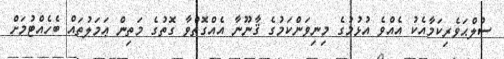
ސުލްޙަވެރިކަމާއެކު އެއްވެ އުޅުމުގެ މިނިވަންކަމުގެ ޤާނޫނާ އެއްގޮތްވާ ގޮތުގެ މަތިން ޢަމަލުތައް ބެހެއްޓުމަށް